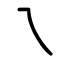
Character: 乁